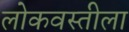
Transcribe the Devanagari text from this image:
लोकवस्तीला